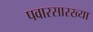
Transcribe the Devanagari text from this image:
पवारसारख्या